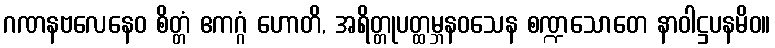
ဂဏနဗလေနေဝ စိတ္တံ ဧကဂ္ဂံ ဟောတိ, အရိတ္တုပတ္ထမ္ဘနဝသေန စဏ္ဍသောတေ နာဝါဋ္ဌပနမိဝ။